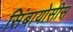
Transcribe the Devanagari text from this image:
सिंबायोसीस